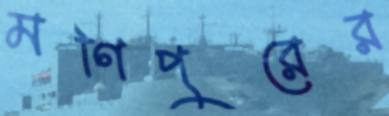
মণিপুরের